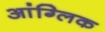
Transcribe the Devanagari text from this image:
आंग्लिक